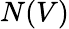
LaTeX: N(V)